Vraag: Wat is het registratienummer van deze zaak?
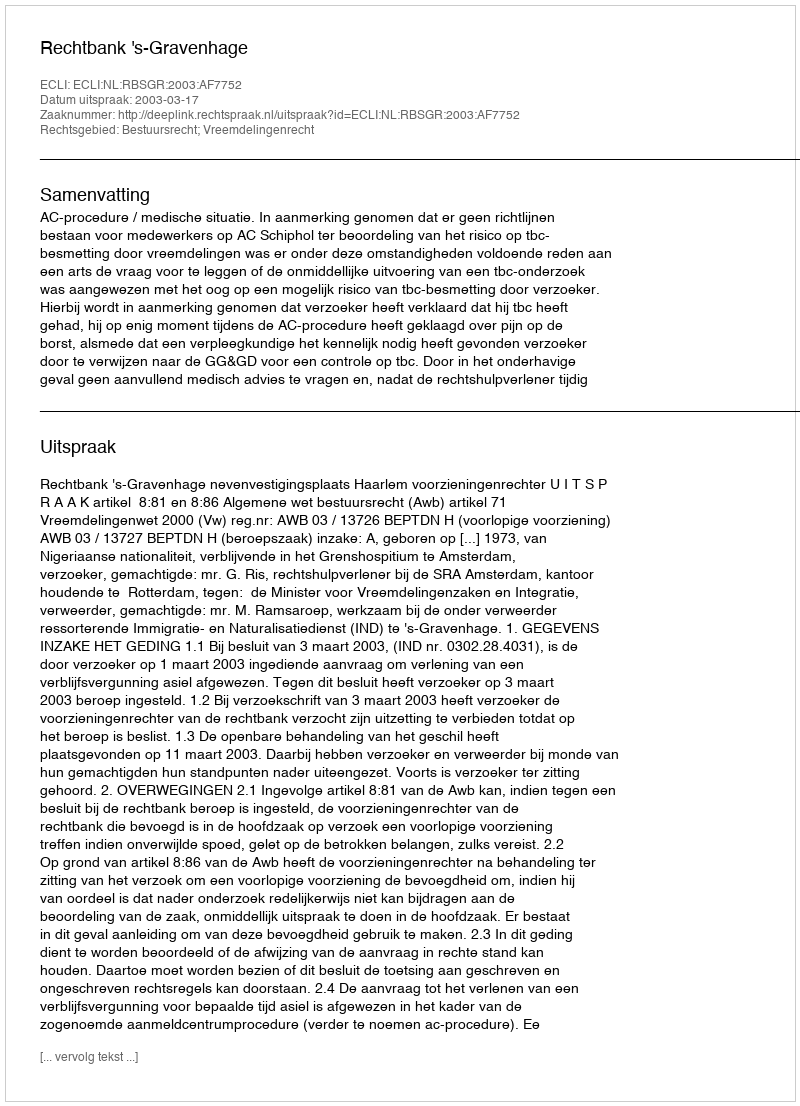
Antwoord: http://deeplink.rechtspraak.nl/uitspraak?id=ECLI:NL:RBSGR:2003:AF7752